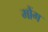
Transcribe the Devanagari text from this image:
मौंग